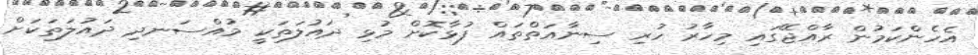
އެހެންކަމުން ރާއްޖޭގައި މިހާރު ހުރި ސިނާއަތްތައް ފުޅާކޮށް މުޅި ދައުލަތަކީ މުއްސަނދި ދައުލަތަކަށް